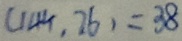
( 1 4 4 . 2 6 ) = 2 8